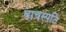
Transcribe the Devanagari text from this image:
बाचस्पति